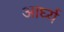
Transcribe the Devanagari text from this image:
आर्घ्य